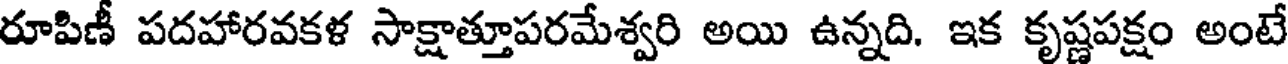
రూపిణీ పదహారవకళ సాక్షాత్తూపరమేశ్వరి అయి ఉన్నది. ఇక కృష్ణపక్షం అంటే